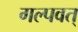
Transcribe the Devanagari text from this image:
गल्पवत्